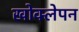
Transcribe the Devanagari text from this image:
खोक्लेपन